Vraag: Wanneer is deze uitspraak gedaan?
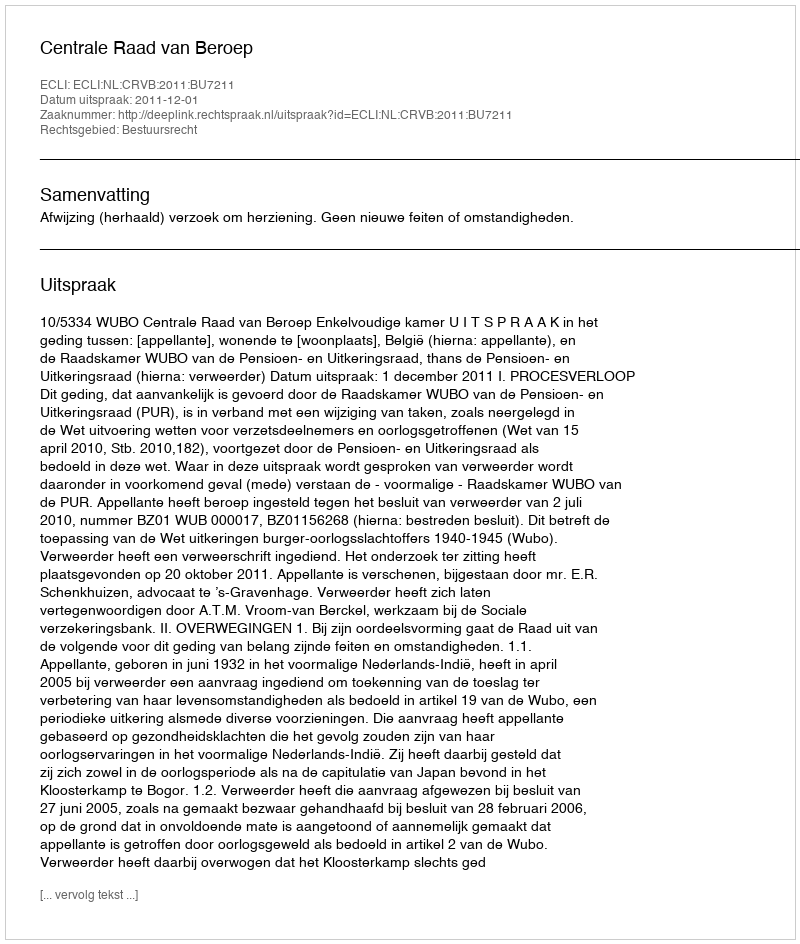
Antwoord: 2011-12-01